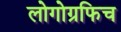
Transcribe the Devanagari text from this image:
लोगोग्रफिच